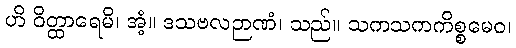
ဟိ ဝိတ္ထာရေမိ၊ အံ့။ ဒသဗလဉာဏံ၊ သည်။ သကသကကိစ္စမေဝ၊